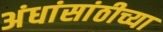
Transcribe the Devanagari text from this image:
अंधांसांठीच्या